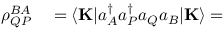
\begin{array} { r l } { \rho _ { Q P } ^ { B A } } & { { } = \langle \mathbf { K } | a _ { A } ^ { \dagger } a _ { P } ^ { \dagger } a _ { Q } a _ { B } | \mathbf { K } \rangle = } \end{array}